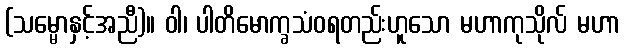
(သမ္မောနှင့်အညီ)။ ဝါ၊ ပါတိမောက္ခသံဝရတည်းဟူသော မဟာကုသိုလ် မဟာ